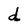
Character: d